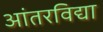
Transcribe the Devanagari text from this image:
आंतरविद्या